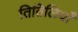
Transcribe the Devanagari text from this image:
तितिलियाँ